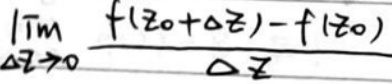
$\lim\limits_{\Delta z\rightarrow0}\frac{f(z_0 + \Delta z)-f(z_0)}{\Delta z}$